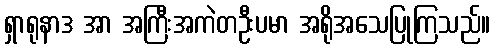
ရှာရုနာဒ အာ အကြီးအကဲတဦးပမာ အရိုအသေပြုကြသည်။